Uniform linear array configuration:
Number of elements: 12
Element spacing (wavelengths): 0.5
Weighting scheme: exponential
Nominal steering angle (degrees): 15
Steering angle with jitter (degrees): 14.284
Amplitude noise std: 0.05
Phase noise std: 0.05

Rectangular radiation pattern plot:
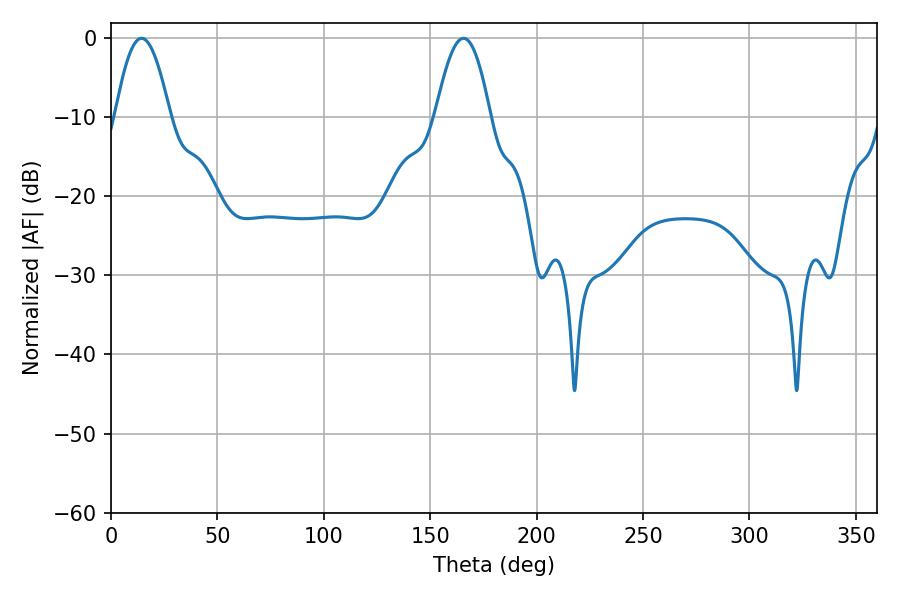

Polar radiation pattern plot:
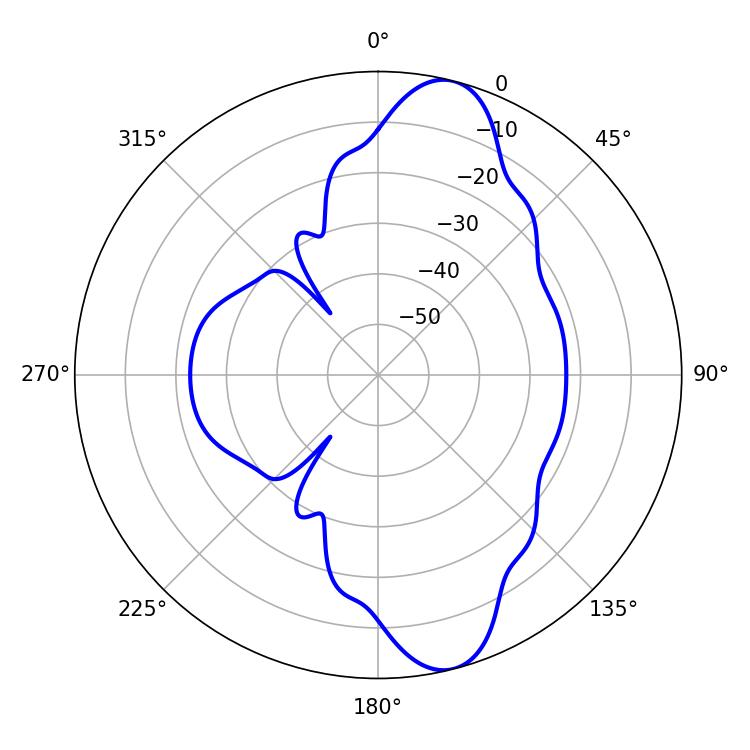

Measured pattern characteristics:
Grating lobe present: FALSE
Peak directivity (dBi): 11.311
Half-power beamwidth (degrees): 13.86
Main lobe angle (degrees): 14.4